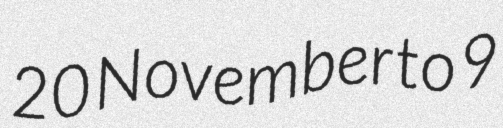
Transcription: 20 November to 9